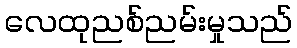
လေထုညစ်ညမ်းမှုသည်